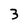
Character: 3